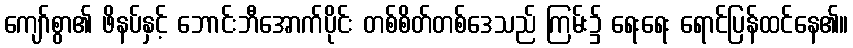
ကျော်စွာ၏ ဖိနပ်နှင့် ဘောင်းဘီအောက်ပိုင်း တစ်စိတ်တစ်ဒေသည် ကြမ်း၌ ရေးရေး ရောင်ပြန်ထင်နေ၏။